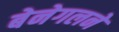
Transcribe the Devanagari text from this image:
बेनेगलने